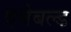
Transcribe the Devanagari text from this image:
एनेबल्‍ड